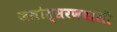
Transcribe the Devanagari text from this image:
जलोत्सरणवाली